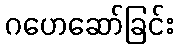
ဂဟေဆော်ခြင်း